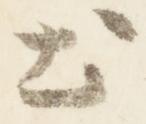
出